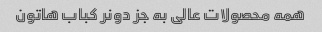
همه محصولات عالی به جز دونر کباب هاتون